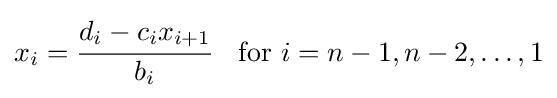
x_{i}={\cfrac {d_{i}-c_{i}x_{i+1}}{b_{i}}}\quad {\text{for }}i=n-1,n-2,\dots ,1